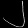
Digit: ၂